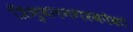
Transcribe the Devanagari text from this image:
त्रिभुवननगरकोको